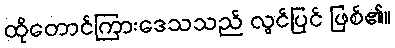
ထိုတောင်ကြားဒေသသည် လွင်ပြင် ဖြစ်၏။